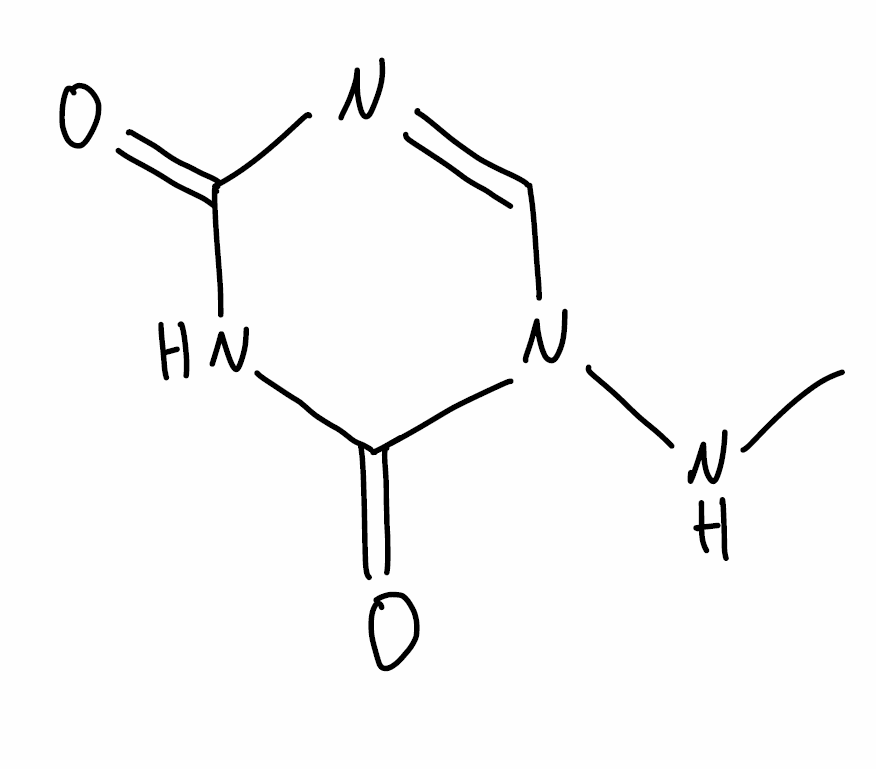
Simplified molecular-input line-entry system (SMILES) notation of the given molecule:
CNN1C=NC(=O)NC1=O